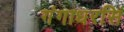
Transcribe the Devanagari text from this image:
गंगाधरसिं